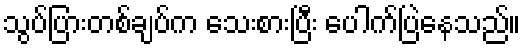
သွပ်ပြားတစ်ချပ်က သေးစားပြီး ပေါက်ပြဲနေသည်။